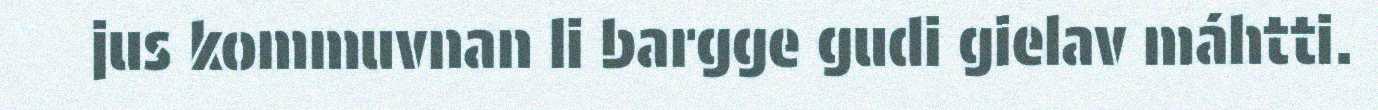
jus kommuvnan li bargge gudi gielav máhtti.